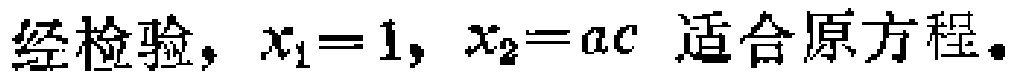
经检验，$x_1 = 1, x_2 = ac$ 适合原方程。